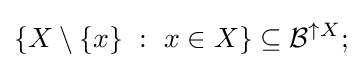
\{X\setminus \{x\}~:~x\in X\}\subseteq {\mathcal {B}}^{\uparrow X};